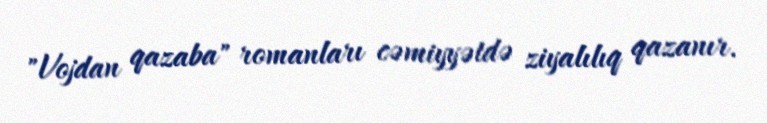
"Vojdan qazaba" romanları cəmiyyətdə ziyalılıq qazanır.